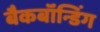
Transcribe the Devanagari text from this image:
बैकबॉंन्डिंग